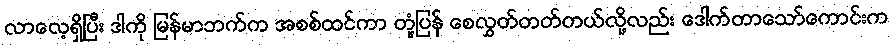
လာလေ့ရှိပြီး ဒါကို မြန်မာဘက်က အစစ်ထင်ကာ တုံ့ပြန် စေလွှတ်တတ်တယ်လို့လည်း ဒေါက်တာသော်ကောင်းက